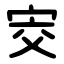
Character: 㝔